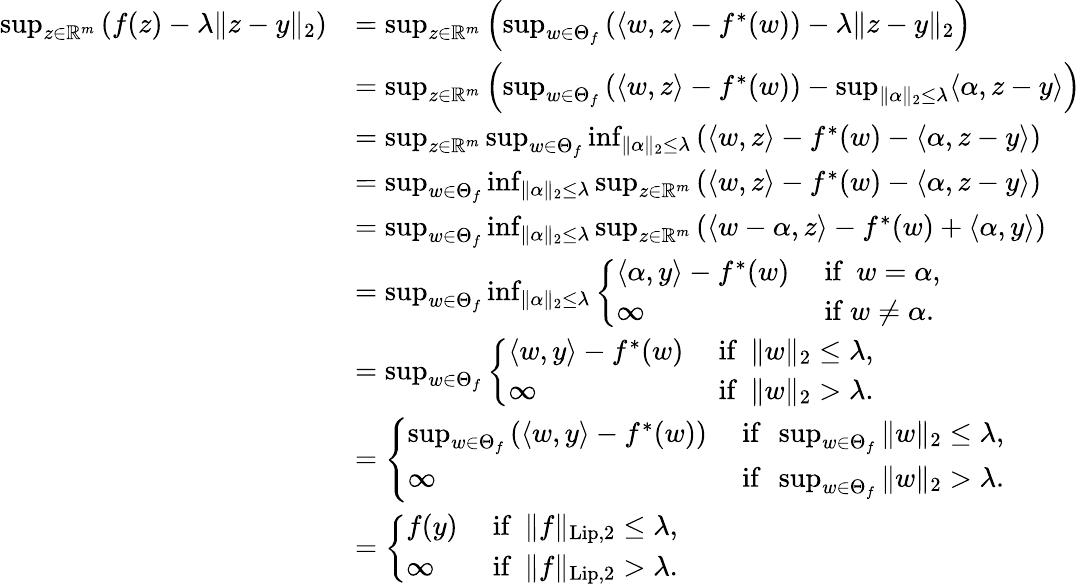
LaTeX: \begin{array}{rl}{\operatorname*{sup}_{z\in\mathbb{R}^{m}}\left(f(z)-\lambda\| z-y\| _{2}\right)}&{=\operatorname*{sup}_{z\in\mathbb{R}^{m}}\left(\operatorname*{sup}_{w\in\Theta_{f}}\left(\langle w,z\rangle-f^{*}(w)\right)-\lambda\| z-y\| _{2}\right)}\\ &{=\operatorname*{sup}_{z\in\mathbb{R}^{m}}\left(\operatorname*{sup}_{w\in\Theta_{f}}\left(\langle w,z\rangle-f^{*}(w)\right)-\operatorname*{sup}_{\| \alpha\| _{2}\leq\lambda}\langle\alpha,z-y\rangle\right)}\\ &{=\operatorname*{sup}_{z\in\mathbb{R}^{m}}\operatorname*{sup}_{w\in\Theta_{f}}\operatorname*{inf}_{\| \alpha\| _{2}\leq\lambda}\left(\langle w,z\rangle-f^{*}(w)-\langle\alpha,z-y\rangle\right)}\\ &{=\operatorname*{sup}_{w\in\Theta_{f}}\operatorname*{inf}_{\| \alpha\| _{2}\leq\lambda}\operatorname*{sup}_{z\in\mathbb{R}^{m}}\left(\langle w,z\rangle-f^{*}(w)-\langle\alpha,z-y\rangle\right)}\\ &{=\operatorname*{sup}_{w\in\Theta_{f}}\operatorname*{inf}_{\| \alpha\| _{2}\leq\lambda}\operatorname*{sup}_{z\in\mathbb{R}^{m}}\left(\langle w-\alpha,z\rangle-f^{*}(w)+\langle\alpha,y\rangle\right)}\\ &{=\operatorname*{sup}_{w\in\Theta_{f}}\operatorname*{inf}_{\| \alpha\| _{2}\leq\lambda}\left\{ \begin{array}{ll}{\langle\alpha,y\rangle-f^{*}(w)}&{\mathrm{~if~}\: w=\alpha,}\\ {\infty}&{\mathrm{~if~}w\neq\alpha.}\end{array}\right.}\\ &{=\operatorname*{sup}_{w\in\Theta_{f}}\left\{ \begin{array}{ll}{\langle w,y\rangle-f^{*}(w)}&{\mathrm{~if~}\: \| w\| _{2}\leq\lambda,}\\ {\infty}&{\mathrm{~if~}\: \| w\| _{2}>\lambda.}\end{array}\right.}\\ &{=\left\{ \begin{array}{ll}{\operatorname*{sup}_{w\in\Theta_{f}}\left(\langle w,y\rangle-f^{*}(w)\right)}&{\mathrm{~if~}\: \operatorname*{sup}_{w\in\Theta_{f}}\| w\| _{2}\leq\lambda,}\\ {\infty}&{\mathrm{~if~}\: \operatorname*{sup}_{w\in\Theta_{f}}\| w\| _{2}>\lambda.}\end{array}\right.}\\ &{=\left\{ \begin{array}{ll}{f(y)}&{\mathrm{~if~}\: \| f\| _{\mathrm{Lip},2}\leq\lambda,}\\ {\infty}&{\mathrm{~if~}\: \| f\| _{\mathrm{Lip},2}>\lambda.}\end{array}\right.}\end{array}